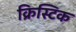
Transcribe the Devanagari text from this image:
क्रिस्टिक